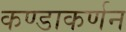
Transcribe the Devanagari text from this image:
कण्डाकर्णन